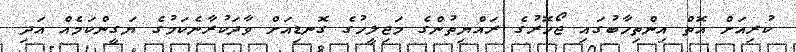
ކުރިއަށް އޮތް އިންތިހާބުގައި ޖޯހޮރުގެ ރައްޔިތުންގެ މަޖިލީހުގެ ގޮނޑިއަށް ވާދަކުރާނެކަމުގެ ޔަގީންކަމެއް އަދި